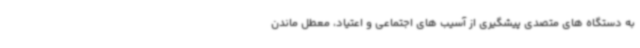
به دستگاه های متصدی پیشگیری از آسیب های اجتماعی و اعتیاد، معطل ماندن